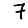
Digit: 7